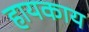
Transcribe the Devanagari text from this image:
हायकाय